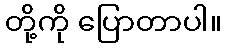
တို့ကို ပြောတာပါ။